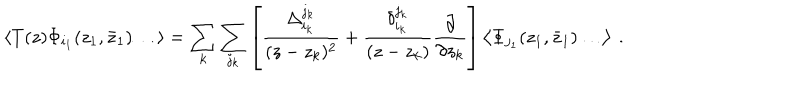
\left< T ( z ) \Phi _ { i _ { 1 } } ( z _ { 1 } , { \bar { z } } _ { 1 } ) \ldots \right> = \sum _ { k } \sum _ { j _ { k } } \left[ \frac { \Delta _ { i _ { k } } ^ { j _ { k } } } { ( z - z _ { k } ) ^ { 2 } } + \frac { \delta _ { i _ { k } } ^ { j _ { k } } } { ( z - z _ { k } ) } \frac { \partial } { \partial { z _ { k } } } \right] \left< \Phi _ { j _ { 1 } } ( z _ { 1 } , { \bar { z } } _ { 1 } ) \ldots \right> \: .